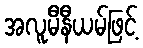
အလူမီနီယမ်ဖြင့်